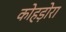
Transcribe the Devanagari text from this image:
कोहड़ोरा